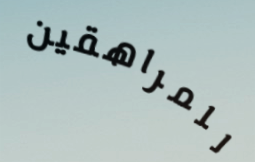
للمراهقين